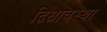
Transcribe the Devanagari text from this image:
द्विधावस्था